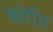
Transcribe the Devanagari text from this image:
कोति